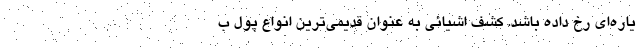
یاره‌ای رخ داده باشد. کشف اشیائی به عنوان قدیمی‌ترین انواع پول‌ ب